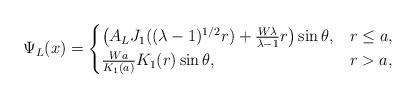
LaTeX: \begin{align*}\Psi _L(x)=\begin{cases}\left( A_LJ_1((\lambda -1)^{1/2}r)+\frac{W\lambda}{\lambda -1}r \right) \sin \theta , &r\le a,\\\frac{Wa}{K_1(a)}K_1(r)\sin \theta , &r>a,\\\end{cases}\end{align*}